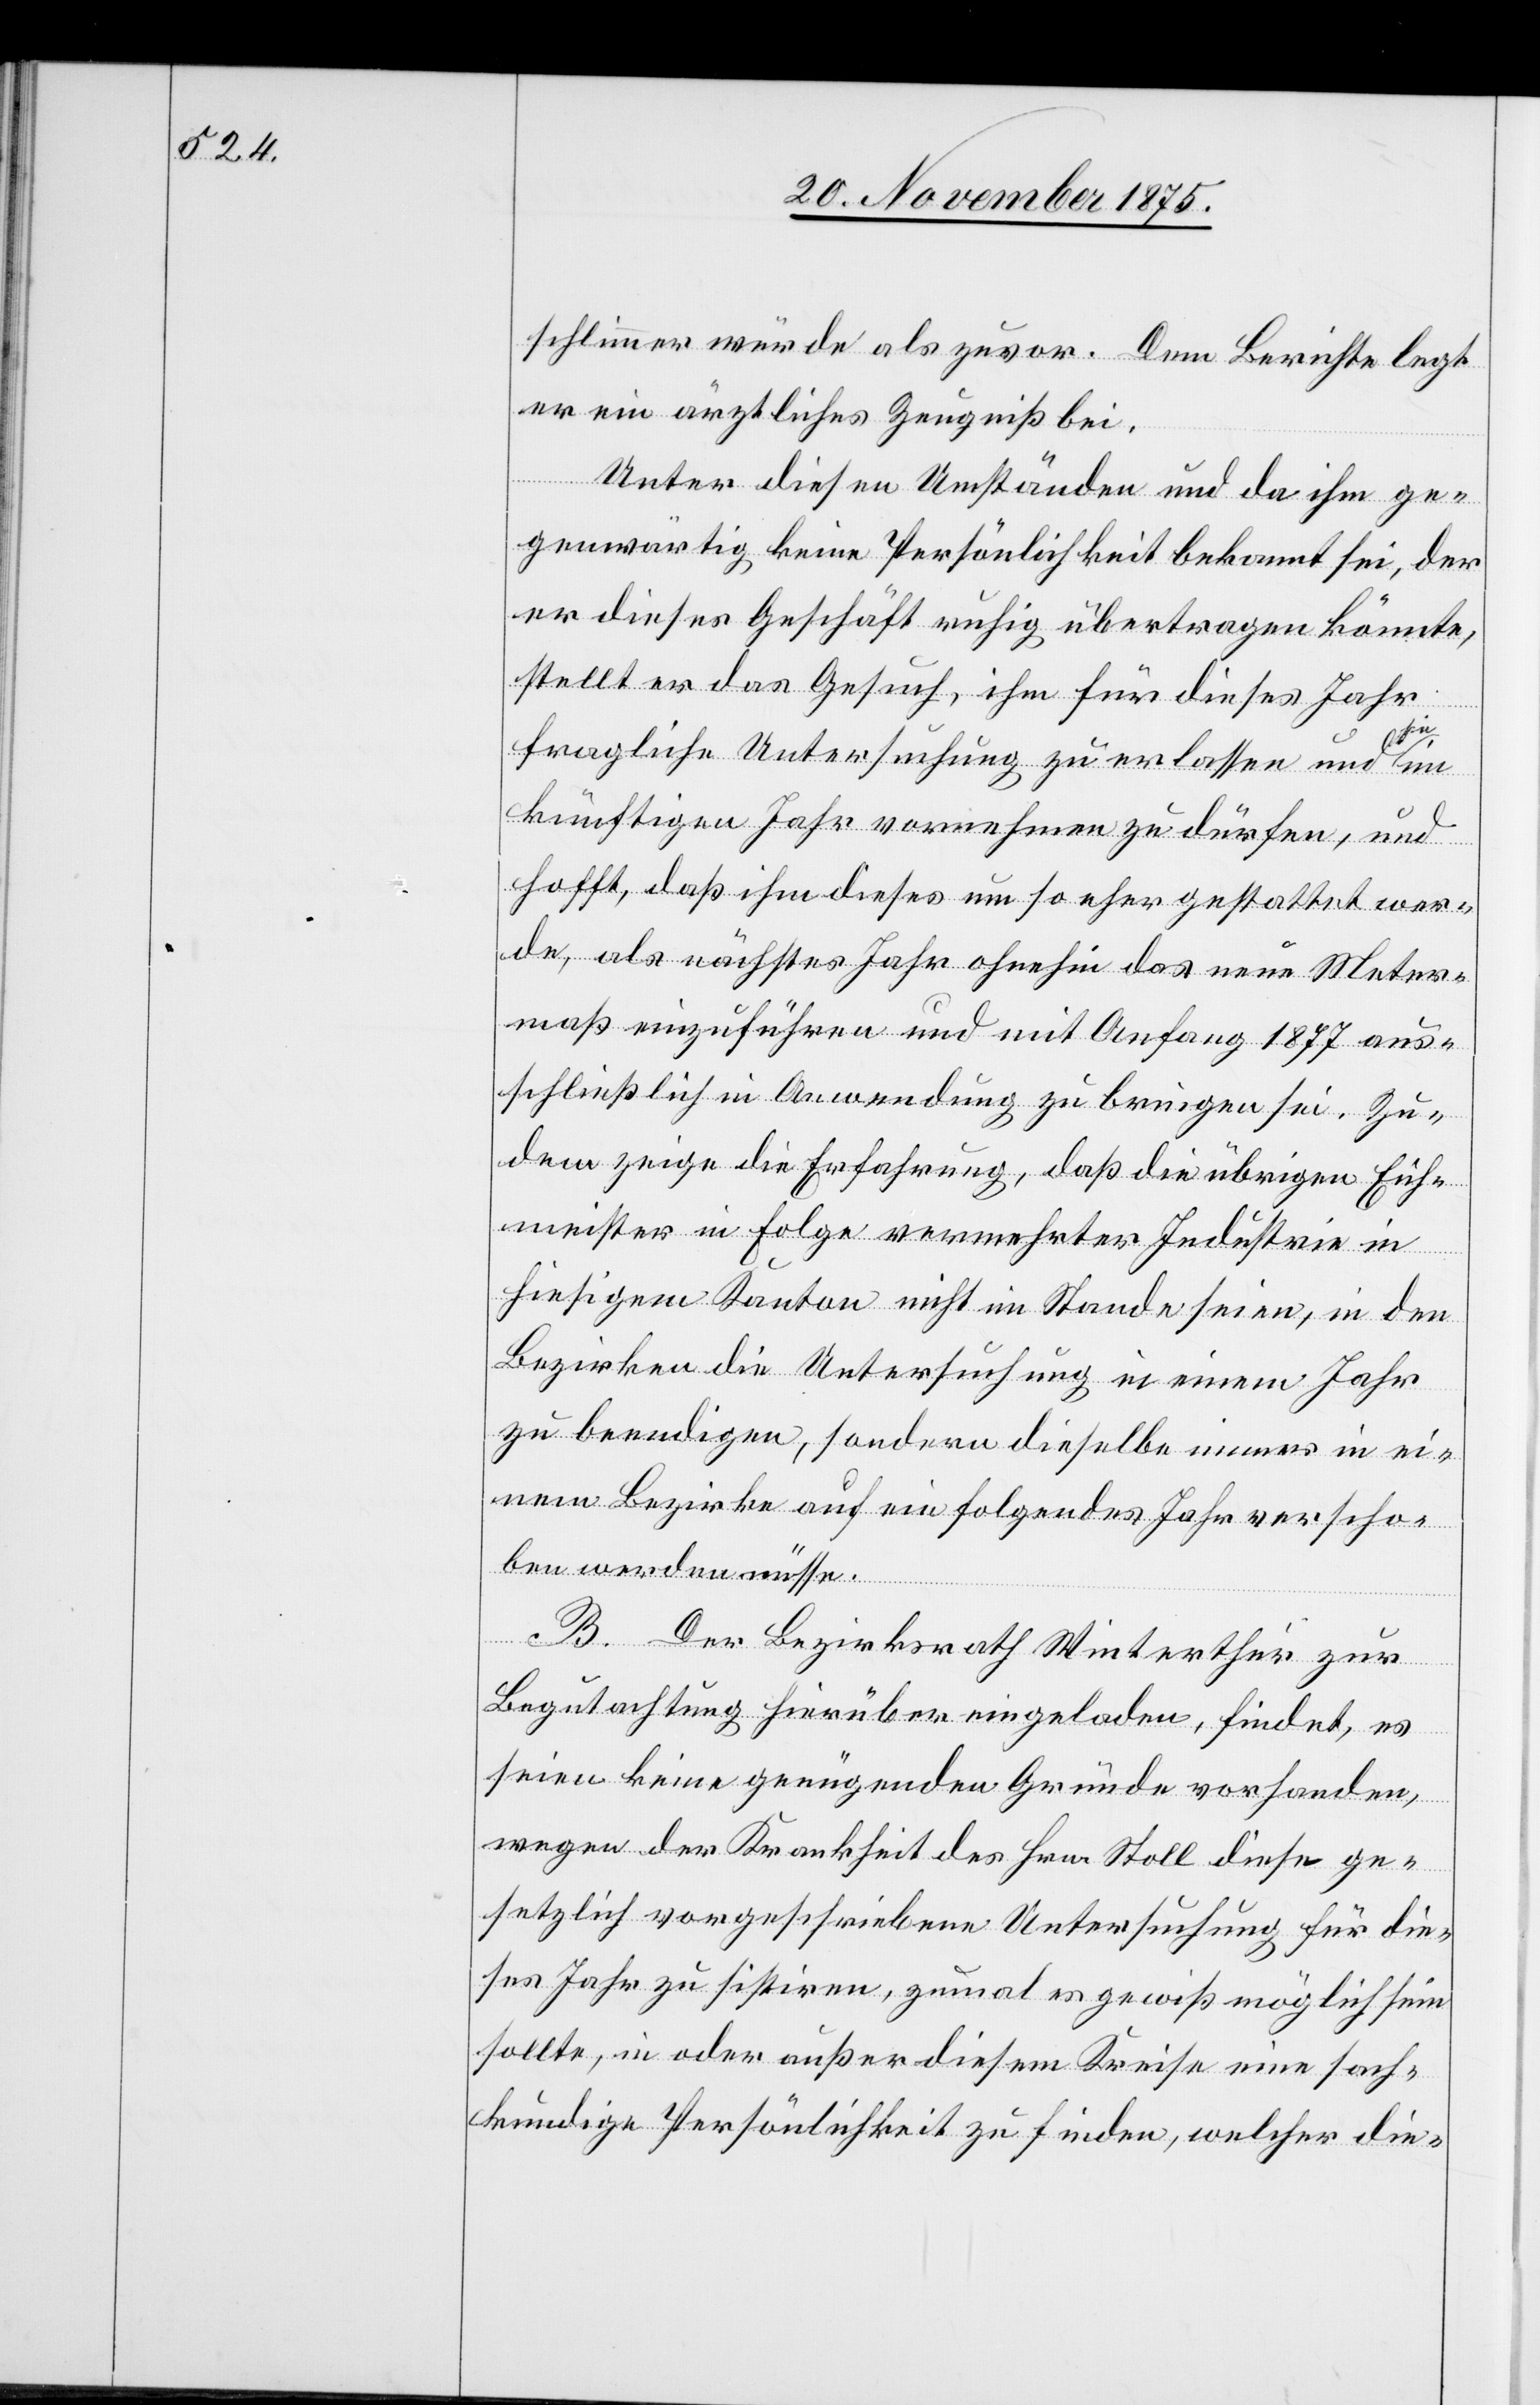
schlimmer würde als zuvor. Dem Berichte legt
er ein ärztliches Zeugniß bei.
Unter diesen Umständen und da ihm ge¬
genwärtig keine Persönlichkeit bekannt sei, der
er dieses Geschäft ruhig übertragen könnte,
stellt er das Gesuch, ihm für dieses Jahr
fragliche Untersuchung zu erlassen und sie
künftigen Jahr vornehmen zu dürfen, und
hofft, daß ihm dieses um so eher gestattet wer¬
de, als nächstes Jahr ohnehin das neue Meter¬
maß einzuführen und mit Anfang 1877 aus¬
schließlich in Anwendung zu bringen sei. Zu¬
dem zeige die Erfahrung, daß die übrigen Eich¬
meister in Folge vermehrter Industrie in
hiesigem Kanton nicht im Stande seien, in den
Bezirken die Untersuchung in einem Jahr
zu beendigen, sondern dieselbe immer in ei¬
nem Bezirke auf ein folgendes Jahr verscho¬
ben werden müsse.
B. Der Bezirksrath Winterthur zur
Begutachtung hierüber eingeladen, findet, es
seien keine genügenden Gründe vorhanden,
wegen der Krankheit des Hrn. Stoll diese ge¬
setzlich vorgeschriebene Untersuchung für die¬
ses Jahr zu sistiren, zumal es gewiß möglich sein
sollte, in oder außer diesem Kreise eine sach¬
kundige Persönlichkeit zu finden, welcher die-